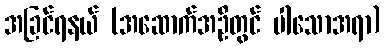
အခြင်ရနယ် (အဆောက်အဦတွင် ပါသောအရာ)